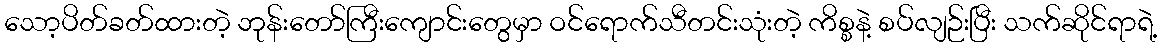
သော့ပိတ်ခတ်ထားတဲ့ ဘုန်းတော်ကြီးကျောင်းတွေမှာ ဝင်ရောက်သီတင်းသုံးတဲ့ ကိစ္စနဲ့ စပ်လျဉ်းပြီး သက်ဆိုင်ရာရဲ့